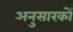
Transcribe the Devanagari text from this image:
अनुसारकों